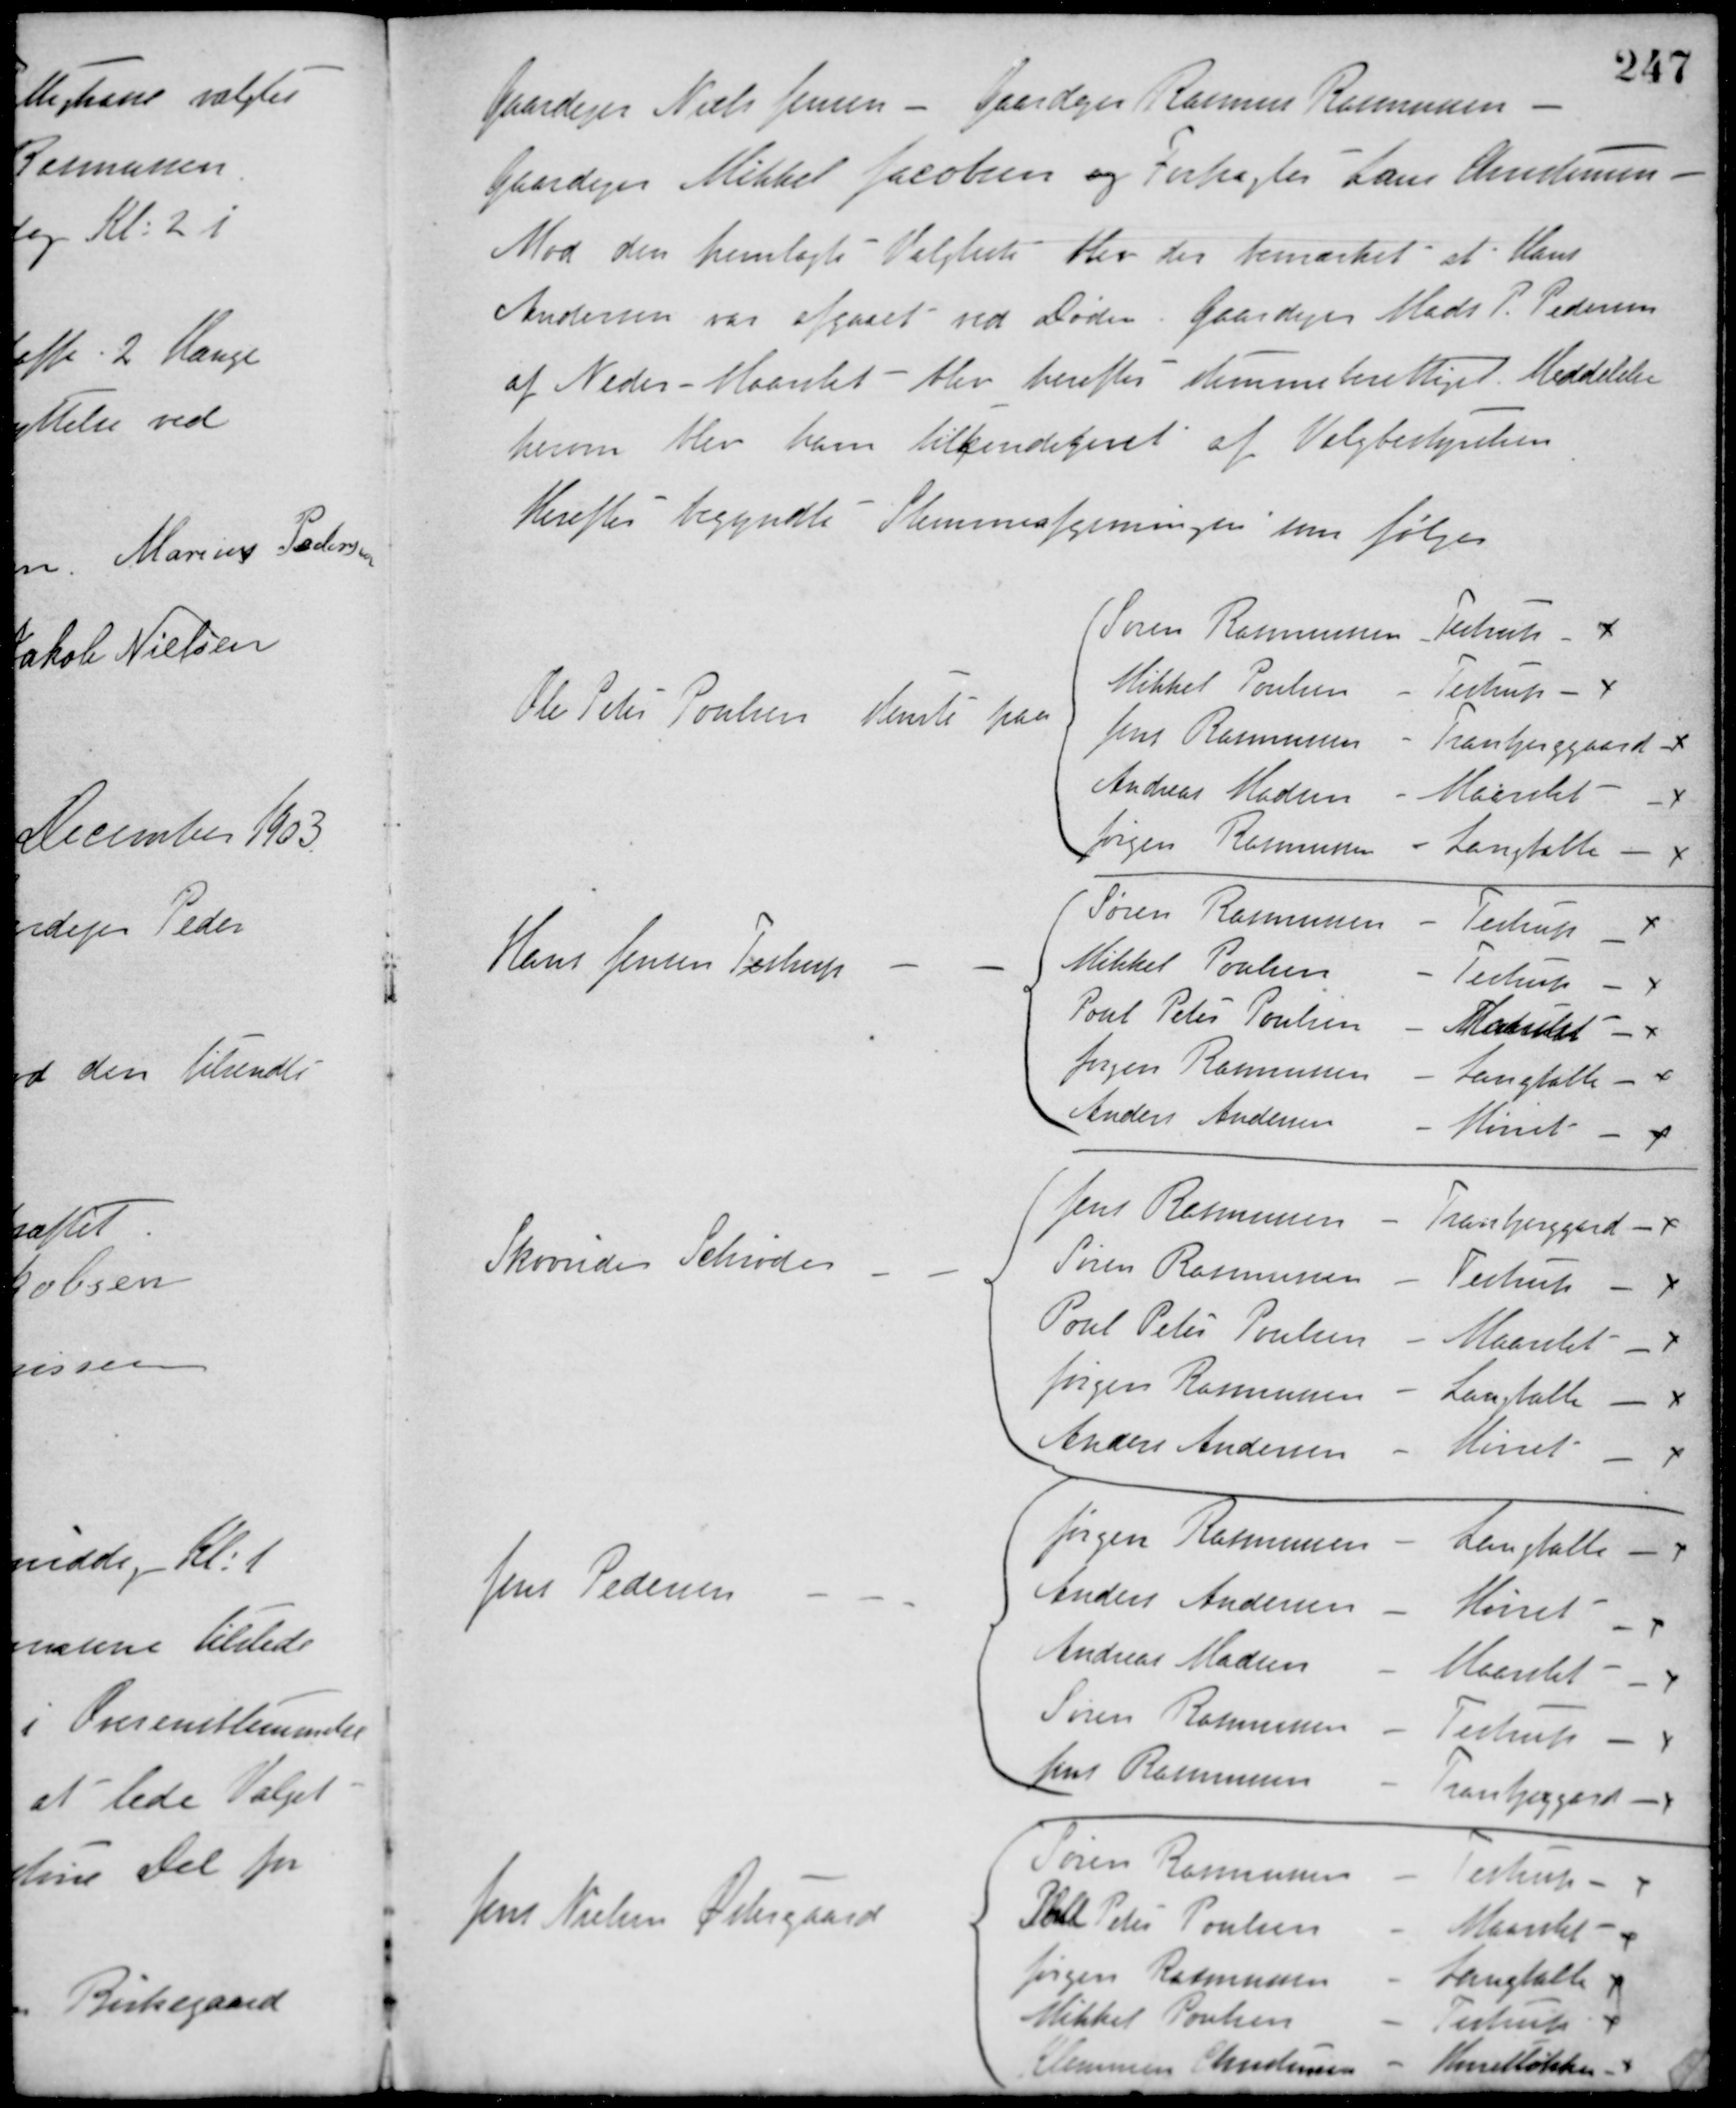
Transskription:
Gaardejer Niels Jensen - Gaardejer Rasmus Rasmussen -
Gaardejer Mikkel Jacobsen og Forpagter Hans Christensen.
Mod den fremlagte Valgliste blev der bemærket at Hans
Andersen var afgaaet ved Døden. Gaardejer Mads P. Pedersen
af Neder-Maarslet blev herefter stemmeberettiget. Meddelelse
herom blev ham tilkendegivet af Valgbestyrelsen.
Herefter begyndte Stemmeafgivningen som følger